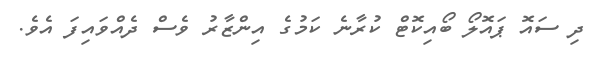
ދި ސައޮ ޕައޮލޯ ބޯއިކޮޓް ކުރާނެ ކަމުގެ އިންޒާރު ވެސް ދެއްވައިފަ އެވެ.